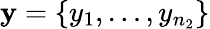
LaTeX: \mathbf y=\{ y_{1},\dots,y_{n_{2}}\}